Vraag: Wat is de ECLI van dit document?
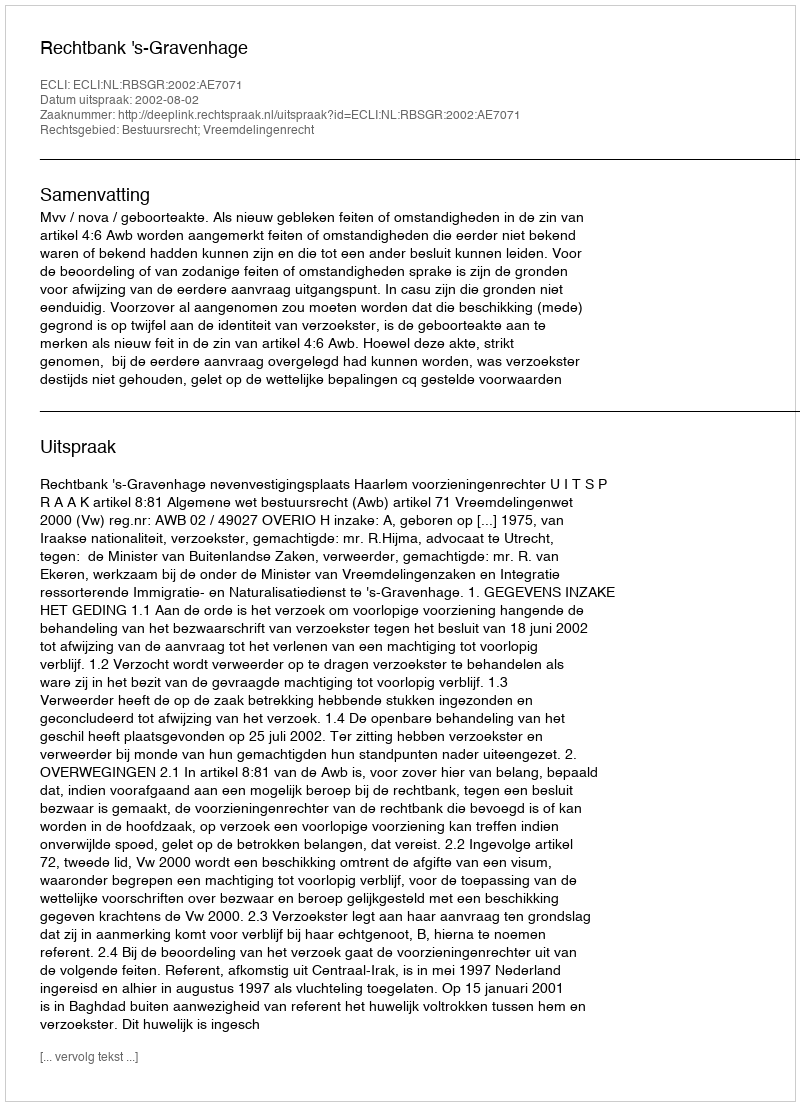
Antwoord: ECLI:NL:RBSGR:2002:AE7071